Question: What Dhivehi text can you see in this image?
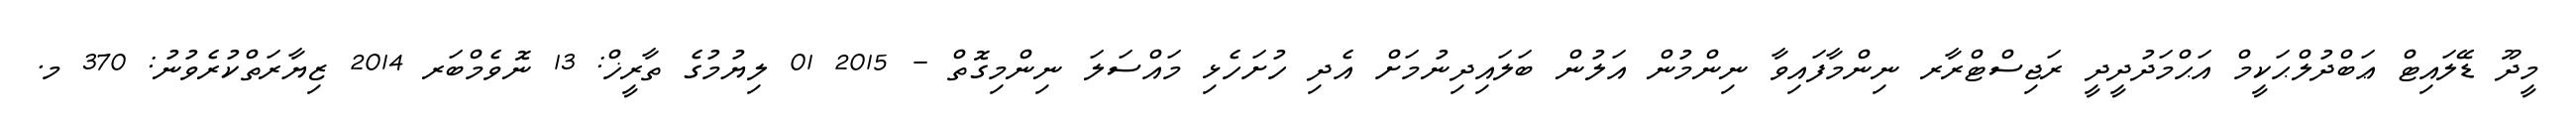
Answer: މީދޫ ޑޭލައިޓް ޢަބްދުލްޙަކީމް އަޙްމަދުދީދީ ރަޖިސްޓްރާރ ނިންމާފައިވާ ނިންމުން އަލުން ބަލައިދިނުމަށް އެދި ހުށަހެޅި މައްސަލަ ނިންމިގޮތް - 2015 01 ލިޔުމުގެ ތާރީޚް: 13 ނޮވެމްބަރ 2014 ޒިޔާރަތްކުރެވުނު: 370 މ.